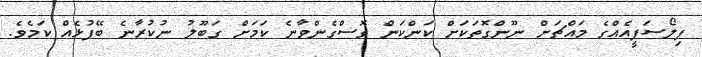
ފިލޯސަފީއެއްގެ މައްޗަށް ނޫންގޮތަކަށް ކަންކަން ގޮސްގެންވާނެ ކަމަށް ގަބޫލު ނުކުރާނެ ބޭފުޅެއް ކަމެވެ.